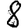
Digit: 8